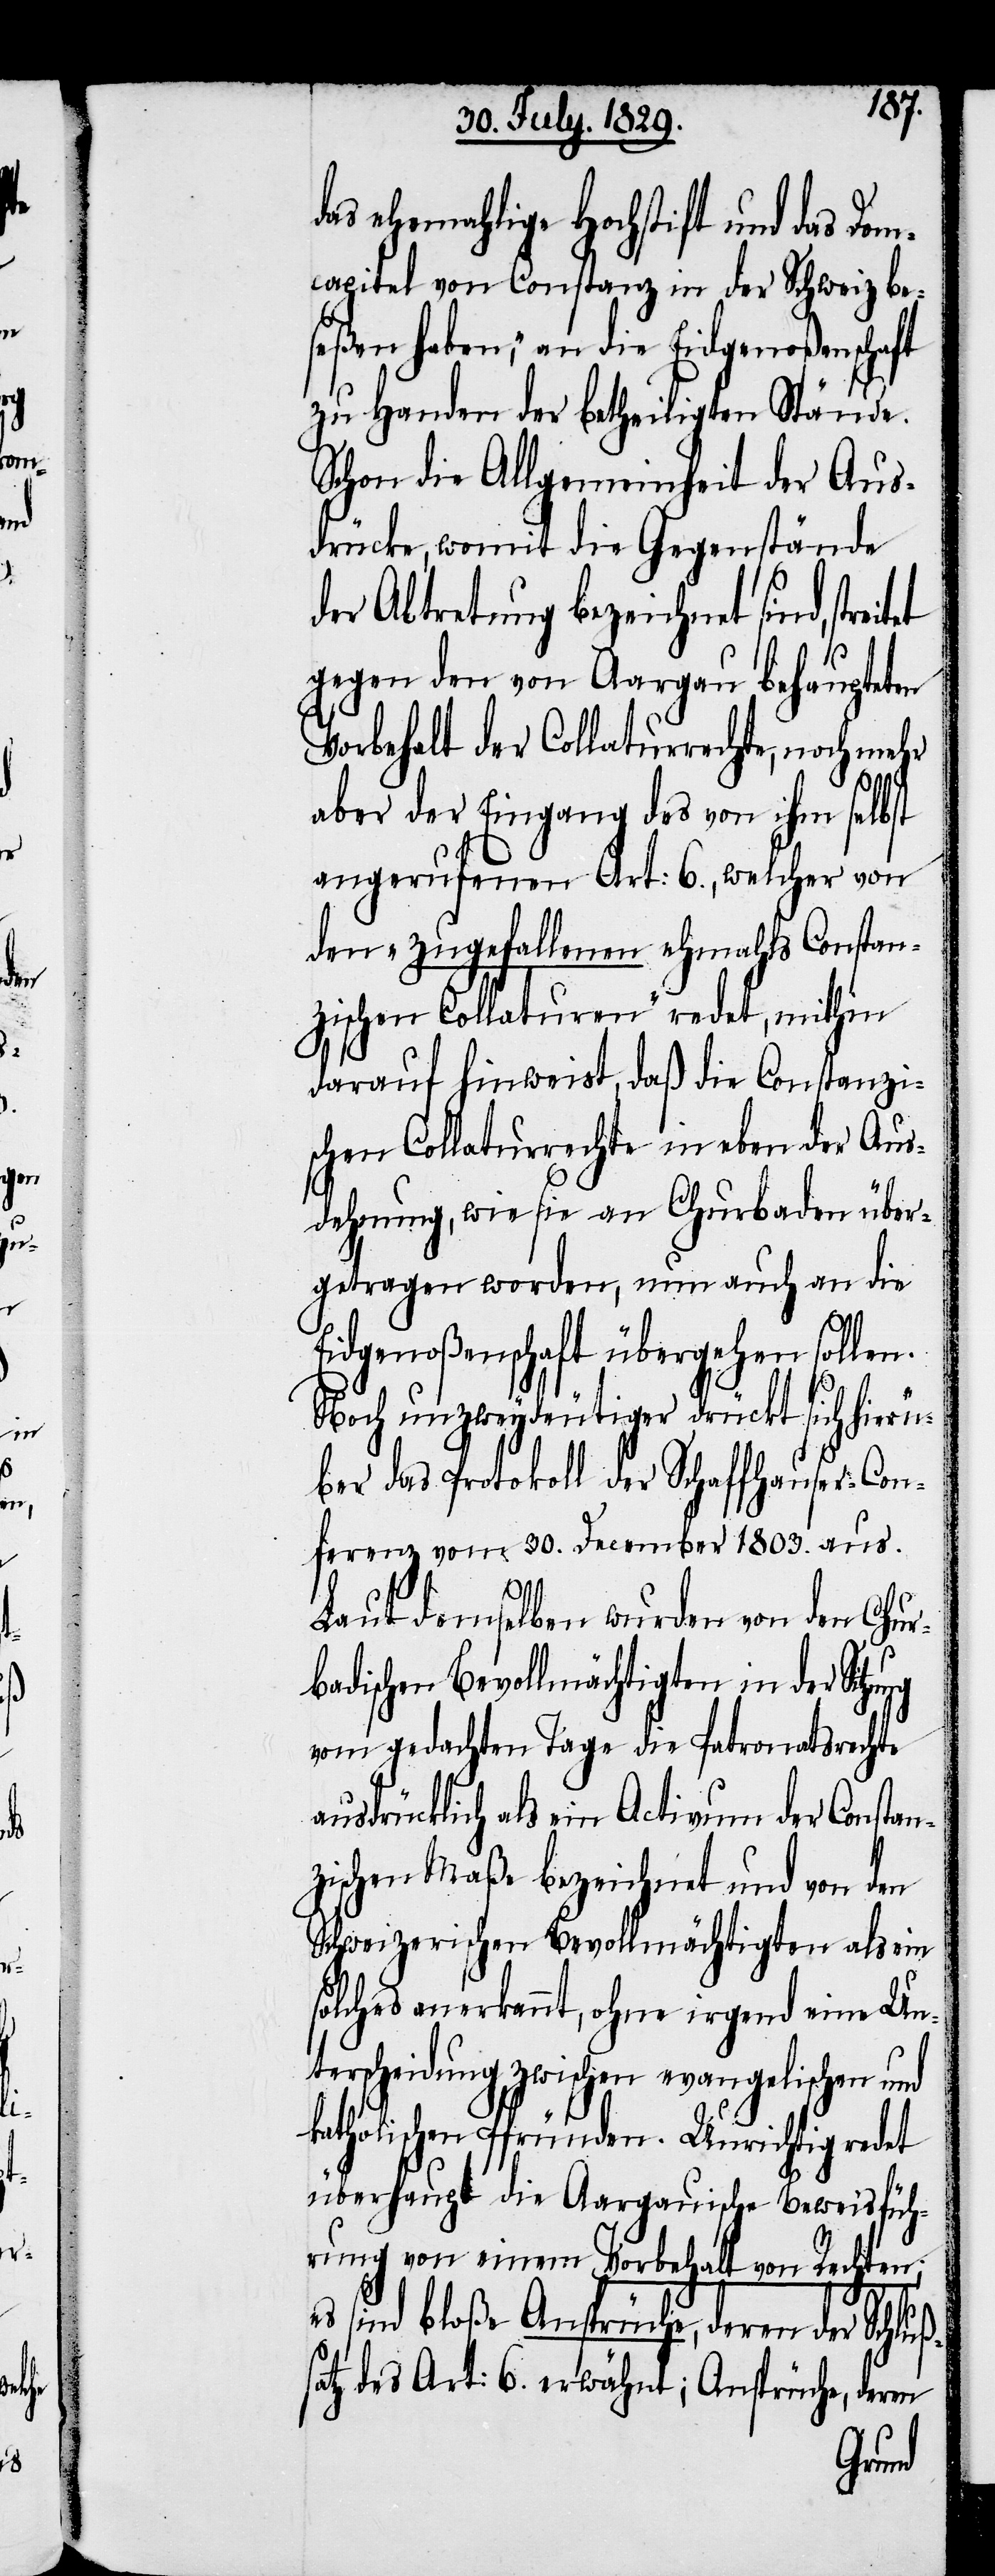
das ehemahlige Hochstift und das Dom¬
capitel von Constanz in der Schweiz be¬
seßen haben,“ an die Eidgenoßenschaft
zu Handen der betheiligten Stände.
Schon die Allgemeinheit der Aus¬
drücke, womit der Gegenstand
der Abtretung bezeichnet sind, stre¬
gegen den von Aargau behaupteten
Vorbehalt der Collaturrechte, noch mehr
ß¬
aber der Eingang des von ihm selbst
angerufenen Art: 6., welcher von
den „zugefallenen ehemahls Constan¬
zischen Collaturen“ redet, mithin
darauf hinweist, daß die Constanzi¬
schen Collaturrechte in eben der Aus¬
dehnung, wie sie an Churbaden über¬
tragen worden, nun auch an die
Eidgenoßenschaft übergehen sollen.
Noch unzweydeutiger drückt sich hierü¬
ber das Protokoll der Schaffhauser-Con¬
ferenz vom 30. December 1803. aus.
itet
Laut demselben wurden von den Chur¬
badischen Bevollmächtigten in der Si¬
vom gedachten Tage die Patronatsrechte
ausdrücklich als ein Activum der Constan¬
zischen Maße bezeichnet und von den
Schweizerischen Bevollmächtigten als ein
solches anerkannt, ohne irgend eine Un¬
terscheidung zwischen evangelischen und
katholischen Pfründen. Unrichtig redet
überhaupt die Aargauische Beweisfüh¬
rung von einem Vorbehalt von Rechten;
sind bloße Ansprüche, deren der Schlu¬
satz des Art: 6. erwähnt; Ansprüche, deren
tzung